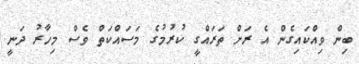
ބިން ވިއްކައިގެން އެ ރަށް ތަރައްގީ ކުރުމުގެ މަސައްކަތް ވެސް މިހާރު ދަނީ